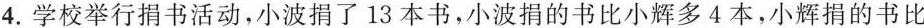
4.学校举行捐书活动，小波捐了13本书，小波捐的书比小辉多4本，小辉捐的书比